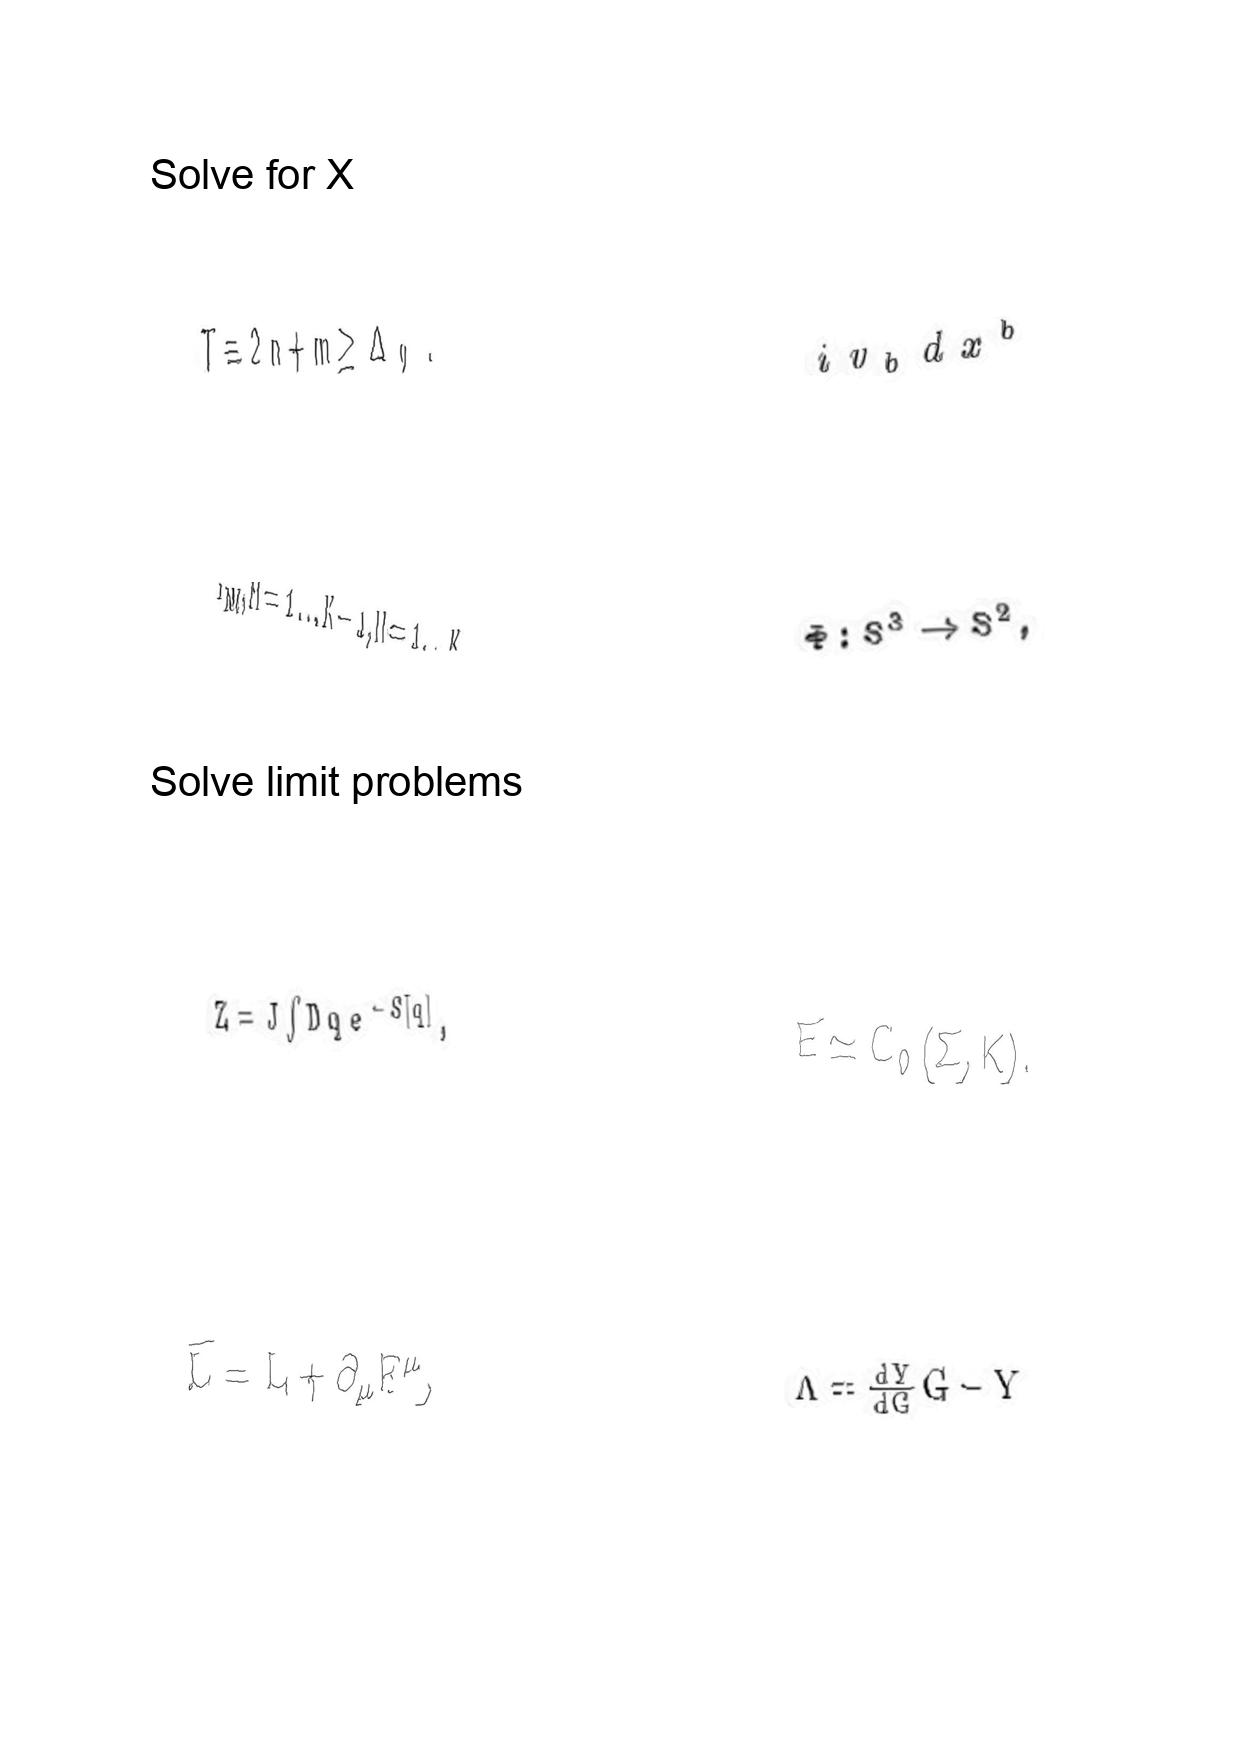
LaTeX transcription:
T \equiv 2 n + m \geq \Delta _ { 0 } .
Y _ { N M } , M = 1 \ldots K - 1 , N = 1 \ldots K
Z = J \int D q e ^ { - S \lbrack q \rbrack } ,
\bar { L } = L + \partial _ { \mu } F ^ { \mu } ,
i v _ { b } d x ^ { b }
\Phi : S ^ { 3 } \rightarrow S ^ { 2 } ,
E \simeq C _ { 0 } \lparen \Sigma , K \rparen .
\Lambda = \frac { d Y } { d G } G - Y